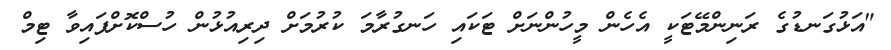
"އަޅުގަނޑުގެ ރަނިންމޭޓަކީ އެހެން މީހުންނަށް ޓަކައި ހަނގުރާމަ ކުރުމަށް ދިރިއުޅުން ހުސްކޮށްފައިވާ ޓިމް